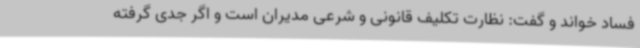
فساد خواند و گفت: نظارت تکلیف قانونی و شرعی مدیران است و اگر جدی گرفته